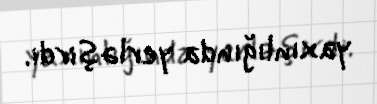
yaxınlığında yerləşirdi.